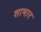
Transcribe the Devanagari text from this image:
शाभार